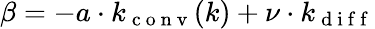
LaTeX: \beta=-a\cdot k_{\mathrm{~c~o~n~v~}}(k)+\nu\cdot k_{\mathrm{~d~i~f~f~}}